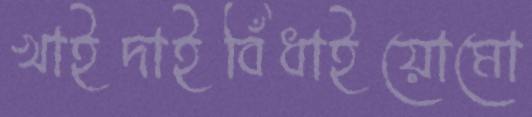
খাইদাইবিঁধাইয়োমো